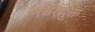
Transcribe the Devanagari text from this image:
नंबरयुक्त